Insane asylums in Bengal annual reports 1867-1875 - 1867-1875
Year: 1867
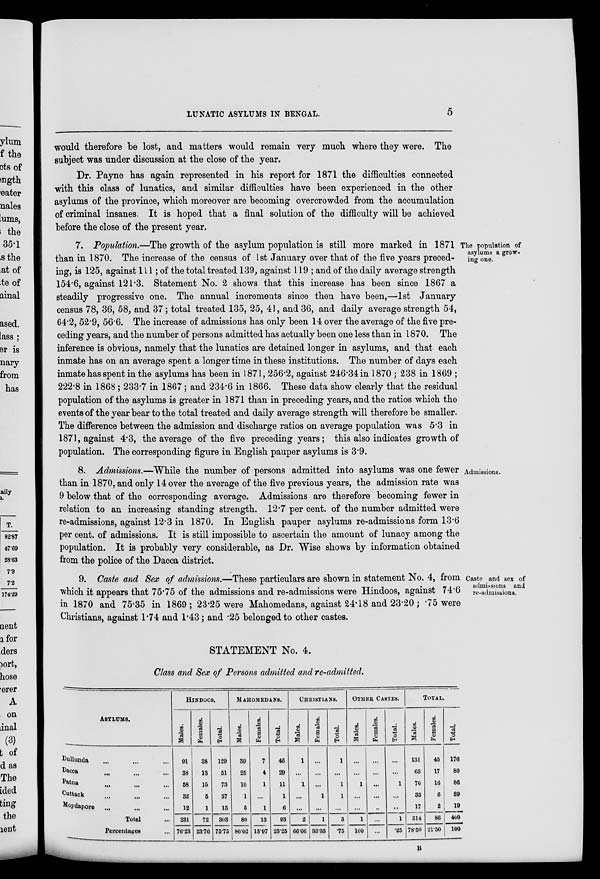
LUNATIC ASYLUMS IN BENGAL.
5
would therefore be lost, and matters would remain very much where they were. The
subject was under discussion at the close of the year.
Dr. Payne has again represented in his report for 1871 the difficulties connected
with this class of lunatics, and similar difficulties have been experienced in the other
asylums of the province, which moreover are becoming overcrowded from the accumulation
of criminal insanes. It is hoped that a final solution of the difficulty will be achieved
before the close of the present year.
The population of
asylums a grow-
ing one.
7. Population.—The growth of the asylum population is still more marked in 1871
than in 1870. The increase of the census of 1st January over that of the five years preced-
ing, is 125, against 111; of the total treated 139, against 119 ; and of the daily average strength
154.6, against 121.3. Statement No. 2 shows that this increase has been since 1867 a
steadily progressive one. The annual increments since then have been,—1st January
census 78, 36, 58, and 37; total treated 135, 25, 41, and 36, and daily average strength 54,
64.2, 52.9, 56.6. The increase of admissions has only been 14 over the average of the five pre-
ceding years, and the number of persons admitted has actually been one less than in 1870. The
inference is obvious, namely that the lunatics are detained longer in asylums, and that each
inmate has on an average spent a longer time in these institutions. The number of days each
inmate has spent in the asylums has been in 1871, 256.2, against 246.34 in 1870; 238 in 1869 ;
222.8 in 1868; 233.7 in 1867; and 234.6 in 1866. These data show clearly that the residual
population of the asylums is greater in 1871 than in preceding years, and the ratios which the
events of the year bear to the total treated and daily average strength will therefore be smaller.
The difference between the admission and discharge ratios on average population was 5.3 in
1871, against 4.3, the average of the five preceding years; this also indicates growth of
population. The corresponding figure in English pauper asylums is 3.9.
Admissions.
8. Admissions.—While the number of persons admitted into asylums was one fewer
than in 1870, and only 14 over the average of the five previous years, the admission rate was
9 below that of the corresponding average. Admissions are therefore becoming fewer in
relation to an increasing standing strength. 12.7 per cent. of the number admitted were
re-admissions, against 12.3 in 1870. In English pauper asylums re-admissions form 13.6
per cent. of admissions. It is still impossible to ascertain the amount of lunacy among the
population. It is probably very considerable, as Dr. Wise shows by information obtained
from the police of the Dacca district.
Caste and sex of
admitsions and
re-adinissions.
9. Caste and Sex of admissions.—These particulars are shown in statement No. 4, from
which it appears that 75.75 of the admissions and re-admissions were Hindoos, against 74.6
in 1870 and 75.35 in 1869; 23.25 were Mahomedans, against 24.18 and 23.20 ; .75 were
Christians, against 1.74 and 1.43; and .25 belonged to other castes.
STATEMENT No. 4.
Class and Sex of Persons admitted and re-admitted.
ASYLUMS.
Dullunda ... ... ...
Dacca ... ... ...
Patna...
...
...
Cuttack ... ... ...
Moydapore ... ... ...
Total ...
Percentages ...
HINDOOS.
Males.
91
38
58
32
12
231
76.23
Females.
38
13
15
5
1
72
23.76
Total.
129
51
73
37
13
303
75.75
MAHOMEDANS.
Males.
39
25
10
1
5
80
86.02
Females.
7
4
1
...
1
13
13.97
Total.
46
29
11
1
6
93
23.25
CHRISTIANS.
Males.
1
...
1
1
...
2
66.66
Females.
...
...
...
1
...
1
33.33
Total.
1
...
1
1
...
3
.75
OTHER CASTES.
Males.
...
...
1
...
...
1
100
Females.
...
...
...
...
..
...
...
Total.
...
...
1
...
...
1
.25
TOTAL.
Males.
131
63
70
33
17
314
78.50
Females.
45
17
16
6
2
86
21.50
Total.
176
80
86
39
19
400
100
B